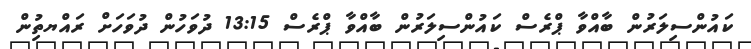
ކައުންސިލަރުން ބާއްވާ ޕްރެސް ކައުންސިލަރުން ބާއްވާ ޕްރެސް 13:15 ދުވަހުން ދުވަހަށް ރައްޔތިުން